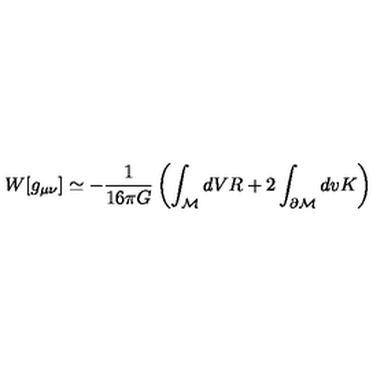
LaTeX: W [ g _ { \mu \nu } ] \simeq - { \frac { 1 } { 1 6 \pi G } } \left( \int _ { \cal M } d V R + 2 \int _ { \partial { \cal M } } d v K \right)